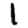
Digit: 1